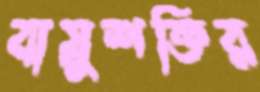
বায়ুশক্তির